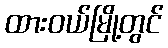
ထားဝယ်မြို့တွင်